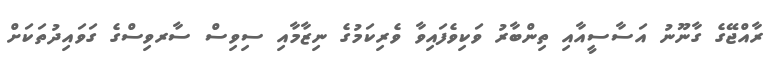
ރާއްޖޭގެ ގާނޫނު އަސާސީއާއި ތިންބާރު ވަކިވެފައިވާ ވެރިކަމުގެ ނިޒާމާއި ސިވިސް ސާރވިސްގެ ގަވައިދުތަކަށް